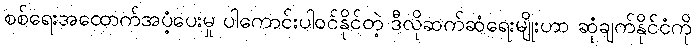
စစ်ရေးအထောက်အပံ့ပေးမှု ပါကောင်းပါဝင်နိုင်တဲ့ ဒီလိုဆက်ဆံရေးမျိုးဟာ ဆုံချက်နိုင်ငံကို